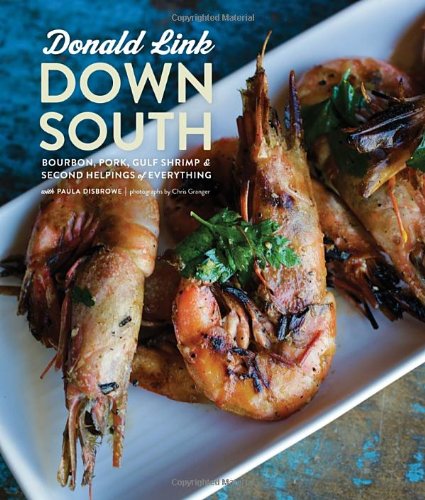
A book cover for Down South: Bourbon, Pork, Gulf Shrimp & Second Helpings of Everything; Donald Link; Cookbooks, Food & Wine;